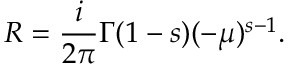
R = { \frac { i } { 2 \pi } } \Gamma ( 1 - s ) ( - \mu ) ^ { s - 1 } .